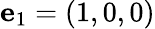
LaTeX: \mathbf{e}_{1}=\left(1,0,0\right)